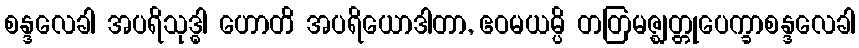
စန္ဒလေခါ အပရိသုဒ္ဓါ ဟောတိ အပရိယောဒါတာ, ဧဝမယမ္ပိ တတြမဇ္ဈတ္တုပေက္ခာစန္ဒလေခါ